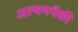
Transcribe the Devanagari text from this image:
अल्बमपैकी